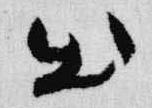
出